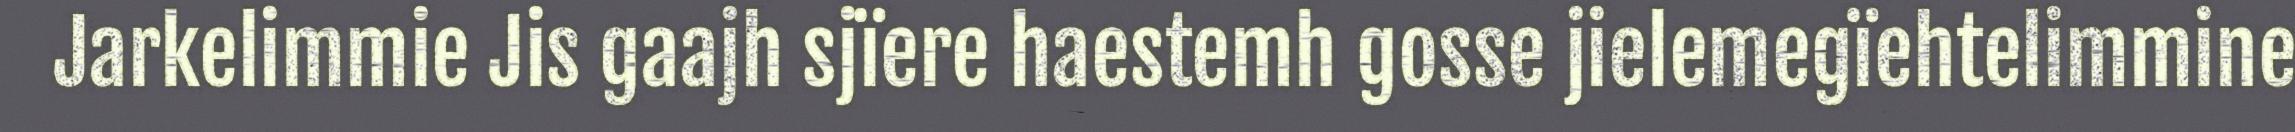
Jarkelimmie Jis gaajh sjïere haestemh gosse jielemegïehtelimmine